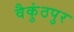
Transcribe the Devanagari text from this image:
वैकुंठपुर